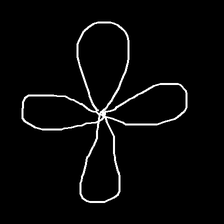
Glyph: billowing